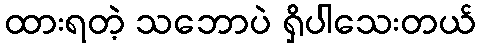
ထားရတဲ့ သဘောပဲ ရှိပါသေးတယ်